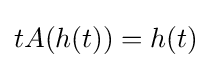
tA(h(t))=h(t)